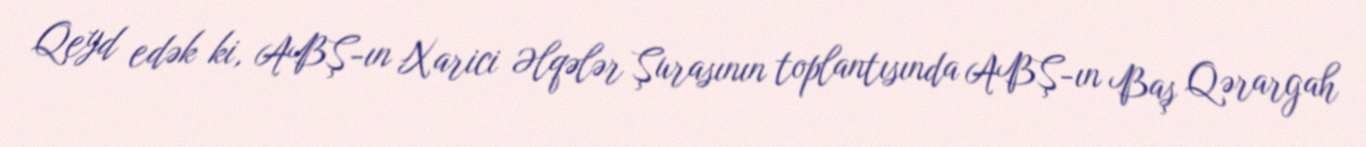
Qeyd edək ki, ABŞ-ın Xarici Əlqələr Şurasının toplantısında ABŞ-ın Baş Qərargah